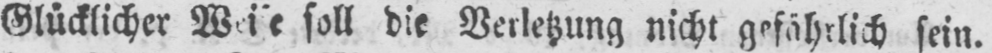
soll die Verletzung nicht gefährlich sein.